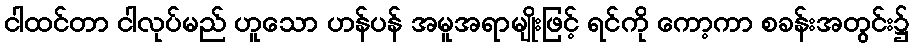
ငါထင်တာ ငါလုပ်မည် ဟူသော ဟန်ပန် အမူအရာမျိုးဖြင့် ရင်ကို ကော့ကာ စခန်းအတွင်း၌